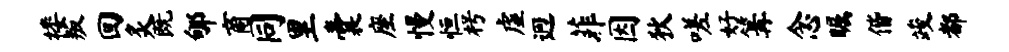
楼叛回炙既郇商同里囊座慢恒枵虚迥菲因狄嗟好篝念瞩偕竣都